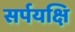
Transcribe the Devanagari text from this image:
सर्पयक्षि